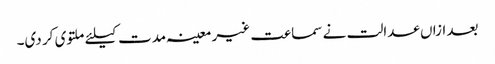
بعد ازاں عدالت نے سماعت غیر معینہ مدت کیلئے ملتوی کر دی۔